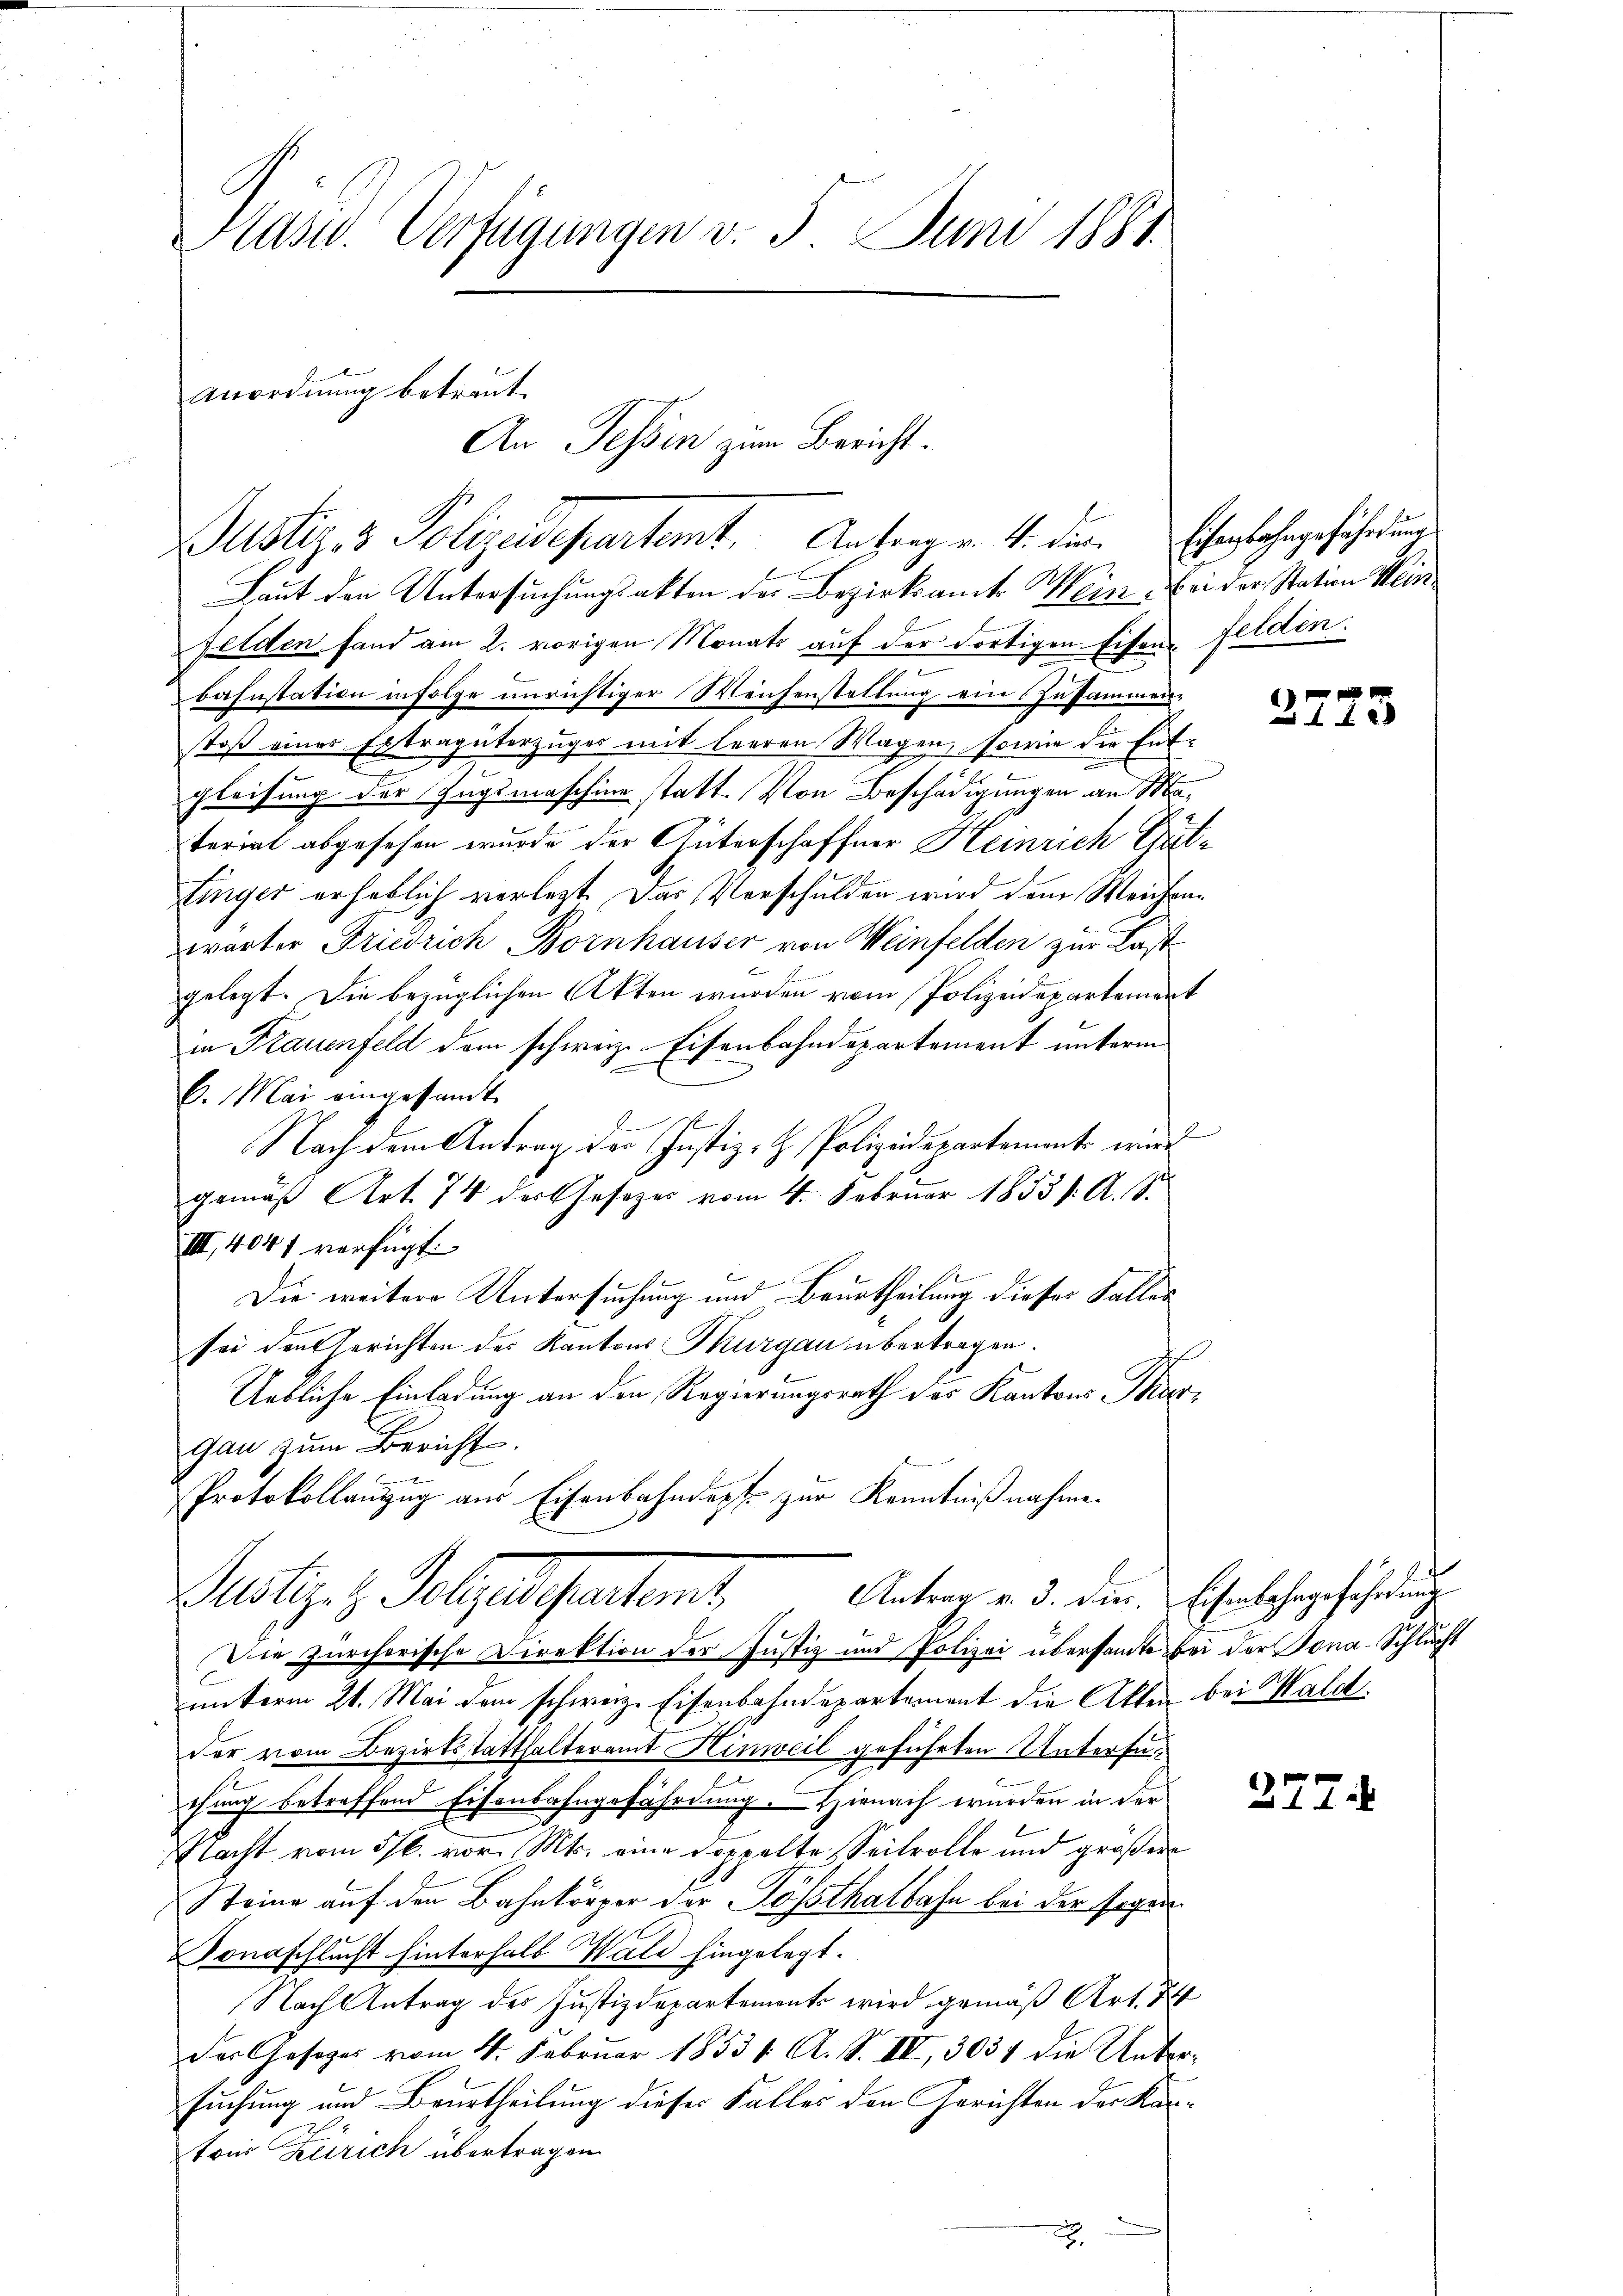
Prand. Verfügungen v. 5. Juni 1881

Anordnung betreut.
Justiz- & Polizeidepartemt. Antrag v. 4. die Eisenbahngeführung

An Tessin zum Bericht.

Laut den Untersuchungsakten der Bezirksamte Wein Bei der Station Wei
Felden fand am 2. vorigen Monats auf der dortigen Eisen Feldin.
bahnstation infolge unrichtiger Weichenstellung ein Zusammentoß eines Extragüterzuges mit leeren Wagen, sowie die Ent-
gleichung der Zugsmaschine statt. Von Beschädigungen an Material abgesehen wurde der Güterschaffner Heinrich Guttinger erheblich verlegt. Das Verschulden wird dem Weichenwärter Friedrich Bornhauser von Weinfelden zur Last
gelegt. Die bezüglichen Akten wurden vom Polizeidepartement
in Frauenfeld dem schweiz. Eisenbahndepartement unterm
6. Mai eingesandt
f
Nach dem Antrag der Justiz- & Polizeidepartement wied
gemäß Art. 74 der Gesetzes vom 4. Februar 1853 s. A. S.
III., 4041 verfügt:
Die weitere Untersuchung und Beurtheilung dieser Falles
sei den Gerichten des Kantons Thurgau übertragen.
E
Uebliche Einladung an den Regierungsrath des Kantons Turgau zum Bericht.
Protokollanzug aus Eisenbahndept zur Kenntnißnahme.

Antrag v. 3. Dier. Eisenbahngeführung
Martige Folgendepartamt,

Die zürcherische Direktion der Justiz und Polizei übersamte bei der Jona-Schlucht
unterm 21. Mai dem schweiz. Eisenbahndepartement die Akten bei Wald.
der vom Bezirksstatthalteramt Hinweil geführten Untersuthung betreffend Eisenbahngefährdung. Hienach wurden in der
Nacht vom 5/6. vor. Mts. eine Doppelte Seitvolle und größere
Steine auf den Bahnkörper der Posthalbahn bei der sogar
onsschlucht hinterhalb Wald hingelegt.
Nach Antrag des Justizdepartements wird gemäß Art. 74
Das Gesezes vom 4. Februar 18531. A. S. II, 3031 die Untersuchung und Beurtheilung dieses Falles den Gerichten der Kantons Zürich übertragen.

277.

xx